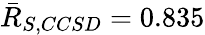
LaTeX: \bar{R}_{S,CCSD}=0.835